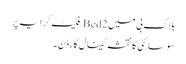
بلاک بی میں 2 Bed فلیٹ کرایہ پر
سوسائٹی کا نقشہ کینال گارڈن ۔